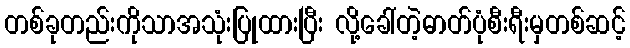
တစ်ခုတည်းကိုသာအသုံးပြုထားပြီး လို့ခေါ်တဲ့ဓာတ်ပုံစီးရီးမှတစ်ဆင့်